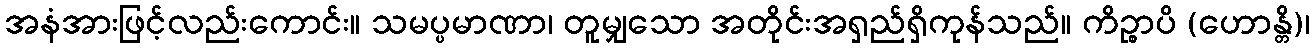
အနံအားဖြင့်လည်းကောင်း။ သမပ္ပမာဏာ၊ တူမျှသော အတိုင်းအရှည်ရှိကုန်သည်။ ကိဉ္စာပိ (ဟောန္တိ)၊